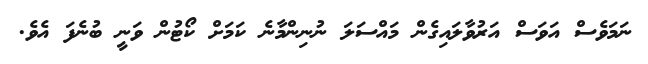
ނަމަވެސް އަވަސް އަރުވާލައިގެން މައްސަލަ ނުނިންމާނެ ކަމަށް ކޯޓުން ވަނީ ބުނެފަ އެވެ.